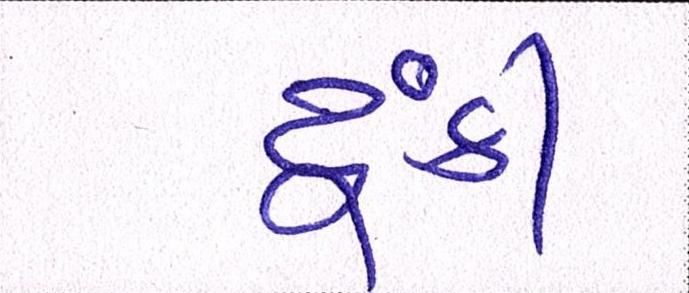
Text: ટૂંકી